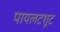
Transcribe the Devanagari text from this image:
पायलटशूट